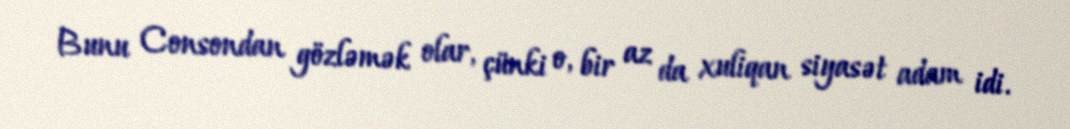
Bunu Consondan gözləmək olar, çünki o, bir az da xuliqan siyasət adam idi.